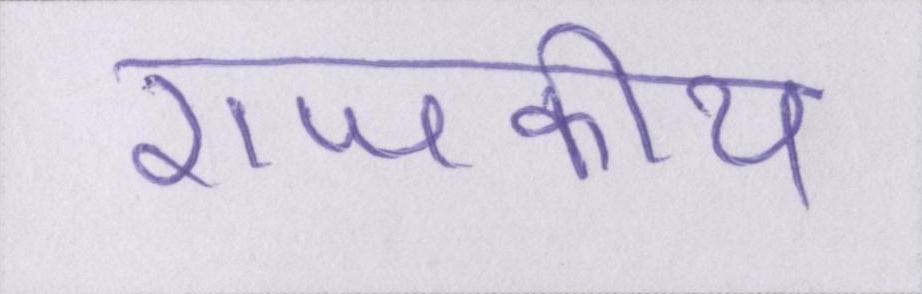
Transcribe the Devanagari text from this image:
राजकीय